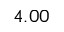
4 . 0 0